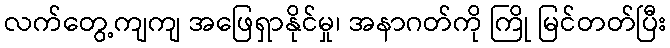
လက်တွေ့ကျကျ အဖြေရှာနိုင်မှု၊ အနာဂတ်ကို ကြို မြင်တတ်ပြီး